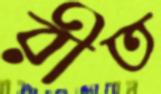
রীত